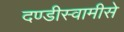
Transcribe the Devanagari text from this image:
दण्डीस्वामीसे